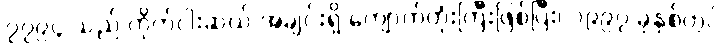
၇၇၉၄ သည် ကိုက်ငါးဆယ် အချင်းရှိ ကျောက်တုံးကြီးဖြစ်ပြီး၊ ၁၉၉၇ ခုနှစ်တွင်